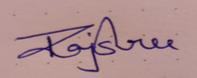
Signature authenticity: genuine